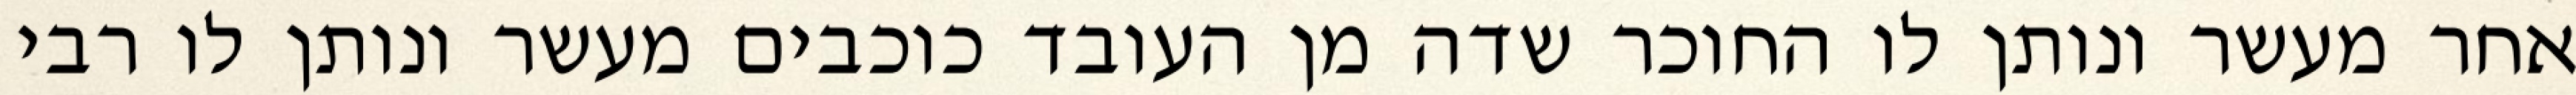
אחר מעשר ונותן לו החוכר שדה מן העובד כוכבים מעשר ונותן לו רבי